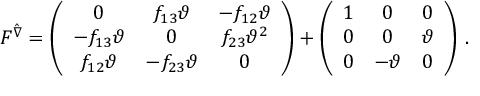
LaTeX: F ^ { \hat { \nabla } } = \left( \begin{array} { c c c } { { 0 } } & { { f _ { 1 3 } \vartheta } } & { { - f _ { 1 2 } \vartheta } } \\ { { - f _ { 1 3 } \vartheta } } & { { 0 } } & { { f _ { 2 3 } \vartheta ^ { 2 } } } \\ { { f _ { 1 2 } \vartheta } } & { { - f _ { 2 3 } \vartheta } } & { { 0 } } \end{array} \right) + \left( \begin{array} { c c c } { { 1 } } & { { 0 } } & { { 0 } } \\ { { 0 } } & { { 0 } } & { { \vartheta } } \\ { { 0 } } & { { - \vartheta } } & { { 0 } } \end{array} \right) \, .